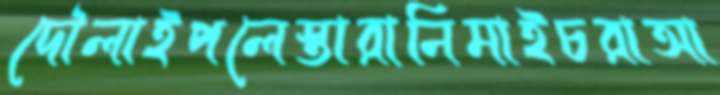
দৌলাইপলেস্তারানিমাইচরাআ